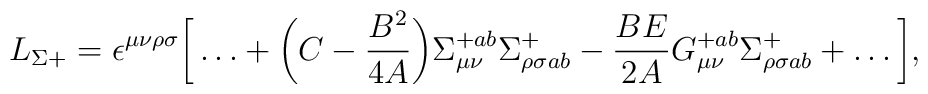
L_{\Sigma+} = \epsilon^{\mu \nu \rho \sigma} \bigg[\dots + \bigg(C -{B^2\over 4A}\bigg) \Sigma^{+ab}_{\mu \nu} \Sigma^{+}_{\rho \sigma ab} -{BE\over 2A} G^{+ab}_{\mu \nu}\Sigma^{+}_{\rho \sigma ab} +\dots \bigg],